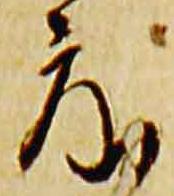
度